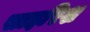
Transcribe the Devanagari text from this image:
साइरिश